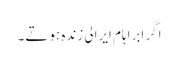
اگر ابراہام ایرالی زندہ ہوتے۔